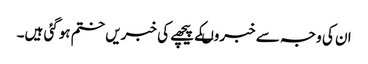
ان کی وجہ سے خبروںکے پیچھے کی خبریں ختم ہوگئی ہیں۔